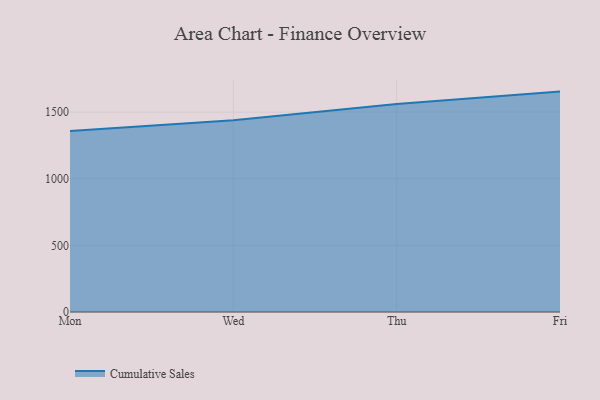
{"axis": {"x": "Day", "y": "Temperature (°C)"}, "legend": ["Cumulative Sales"], "data": [{"x": "Mon", "y": 1359.1, "type": "Cumulative Sales"}, {"x": "Wed", "y": 1439.2, "type": "Cumulative Sales"}, {"x": "Thu", "y": 1561.1, "type": "Cumulative Sales"}, {"x": "Fri", "y": 1654.1, "type": "Cumulative Sales"}]}